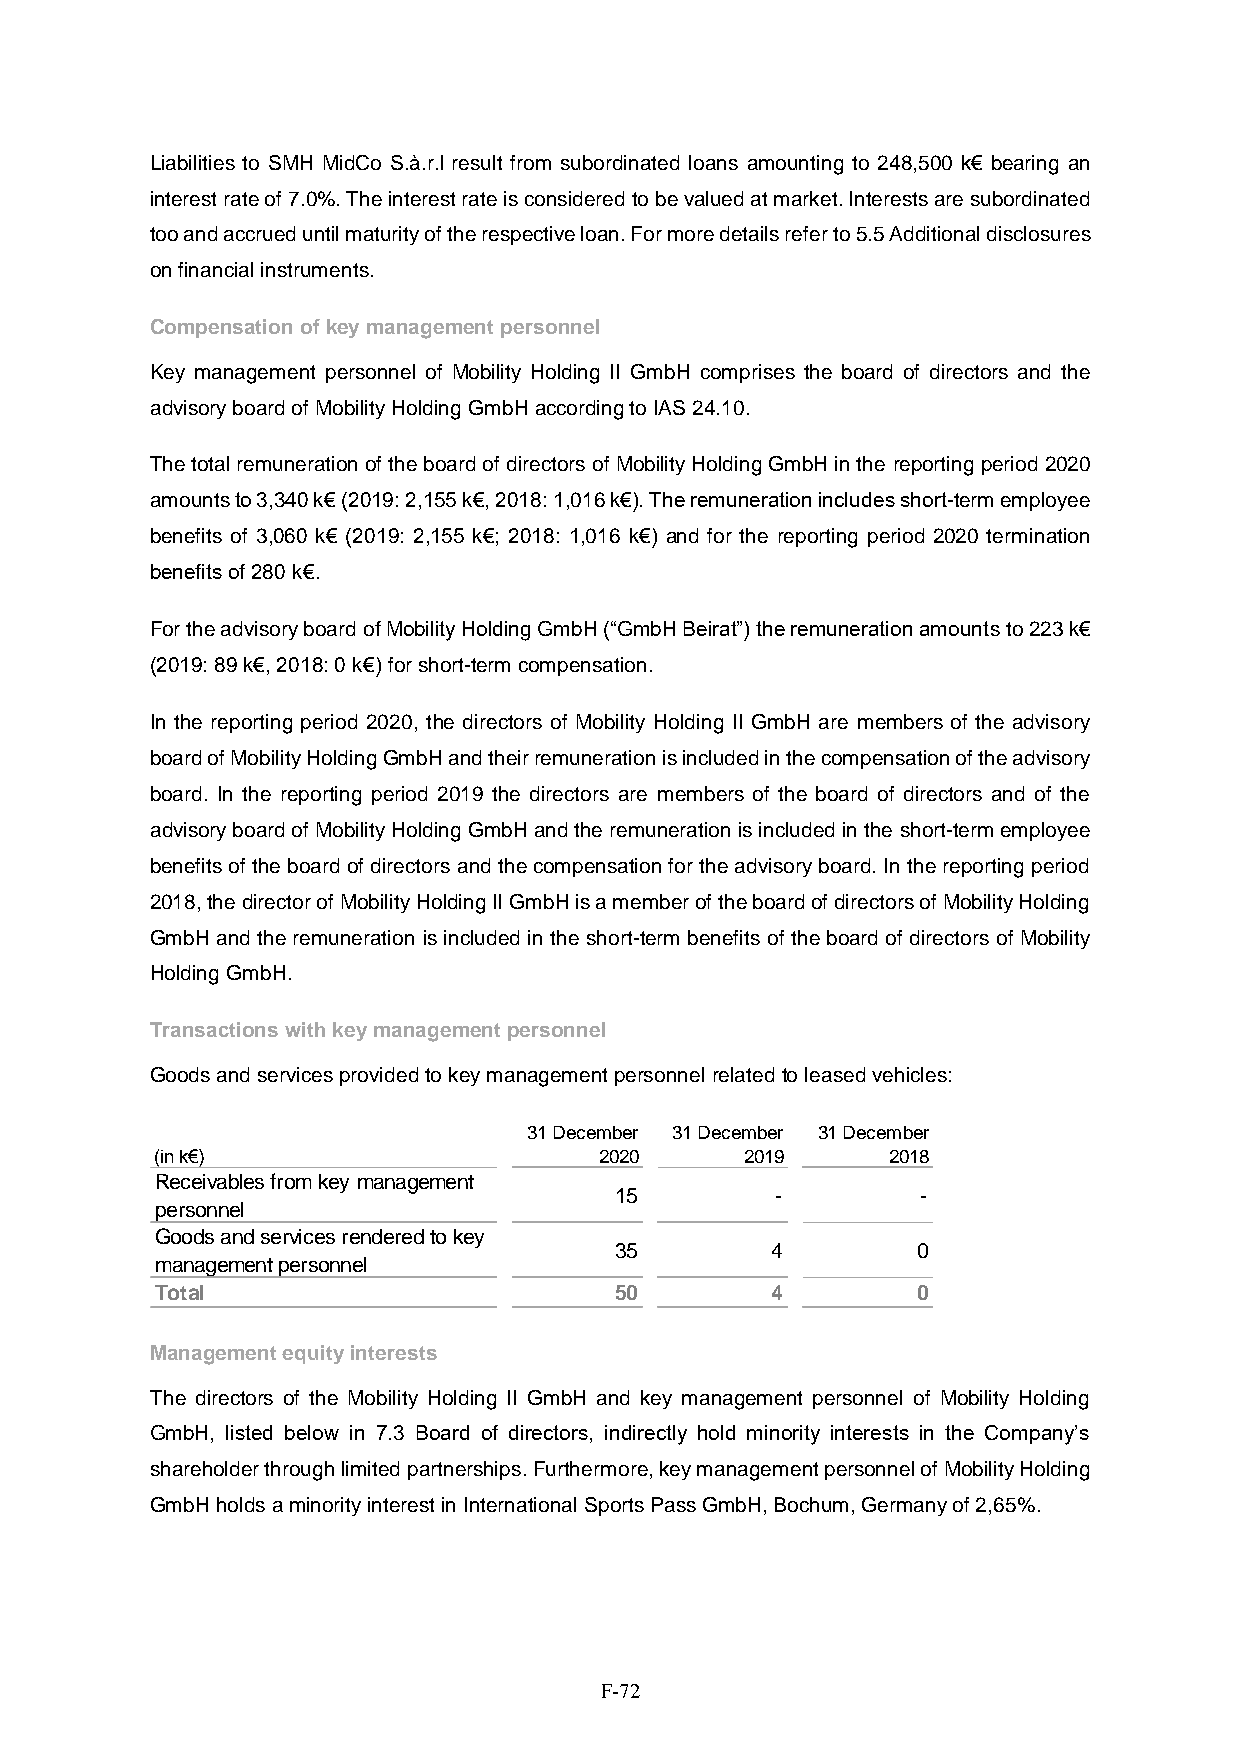
Liabilities to SMH MidCo S.à.r.l result from subordinated loans amounting to 248,500 k€ bearing an
 interest rate of 7.0%. The interest rate is considered to be valued at market. Interests are subordinated
 too and accrued until maturity of the respective loan. For more details refer to 5.5 Additional disclosures
 on financial instruments.
 Compensation of key management personnel
 Key management personnel of Mobility Holding II GmbH comprises the board of directors and the
 advisory board of Mobility Holding GmbH according to IAS 24.10.
 The total remuneration of the board of directors of Mobility Holding GmbH in the reporting period 2020
 amounts to 3,340 k€ (2019: 2,155 k€, 2018: 1,016 k€). The remuneration includes short-term employee
 benefits of 3,060 k€ (2019: 2,155 k€; 2018: 1,016 k€) and for the reporting period 2020 termination
 benefits of 280 k€.
 For the advisory board of Mobility Holding GmbH (“GmbH Beirat”) the remuneration amounts to 223 k€
 (2019: 89 k€, 2018: 0 k€) for short-term compensation.
 In the reporting period 2020, the directors of Mobility Holding II GmbH are members of the advisory
 board of Mobility Holding GmbH and their remuneration is included in the compensation of the advisory
 board. In the reporting period 2019 the directors are members of the board of directors and of the
 advisory board of Mobility Holding GmbH and the remuneration is included in the short-term employee
 benefits of the board of directors and the compensation for the advisory board. In the reporting period
 2018, the director of Mobility Holding II GmbH is a member of the board of directors of Mobility Holding
 GmbH and the remuneration is included in the short-term benefits of the board of directors of Mobility
 Holding GmbH.
 Transactions with key management personnel
 Goods and services provided to key management personnel related to leased vehicles:
 Management equity interests
 The directors of the Mobility Holding II GmbH and key management personnel of Mobility Holding
 GmbH, listed below in 7.3 Board of directors, indirectly hold minority interests in the Company’s
 shareholder through limited partnerships. Furthermore, key management personnel of Mobility Holding
 GmbH holds a minority interest in International Sports Pass GmbH, Bochum, Germany of 2,65%.
 F-72
 ( in k € )R
 e c e iv
 p e r s o nG
 o o d s
 m a n a g
 T o t a l
 a
 n
 a
 e
 b
 en
 m
 le
 ld
 e
 s fr o m k
 s e r v ic e
 n t p e r s o
 e y
 s r
 n n
 m
 e n
 e l
 a
 d
 n
 e
 a g e m
 r e d to
 e n t
 k e y
 3 1 D e c e m2 b e r0
 2 0
 1 5
 3 5
 5 0
 3 1 D e c e m2 b0 e r1
 9
 -
 4
 4
 3 1 D e c e m2 b0 e r1
 8
 -
 0
 0